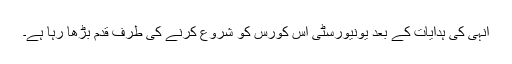
انہی کی ہدایات کے بعد یونیورسٹی اس کورس کو شروع کرنے کی طرف قدم بڑھا رہا ہے۔